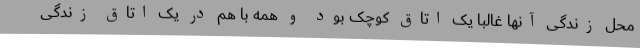
محل زندگی آنها غالبا یک اتاق کوچک بود و همه با هم در یک اتاق زندگی